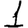
Digit: 1